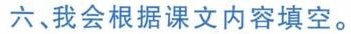
六、我会根据课文内容填空。